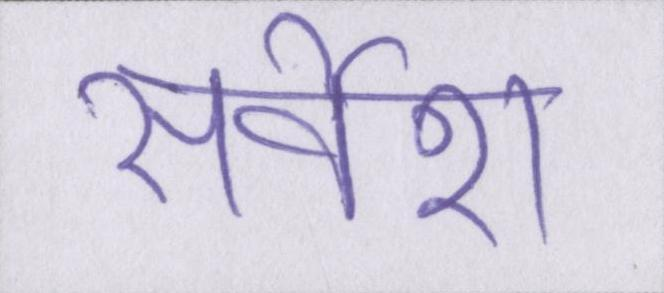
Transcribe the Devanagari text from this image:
सर्वेश